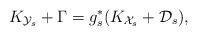
LaTeX: \begin{align*}K_{\mathcal{Y}_s}+\Gamma=g_s^*(K_{\mathcal{X}_s}+\mathcal{D}_s),\end{align*}